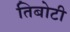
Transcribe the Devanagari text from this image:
तिबोटी